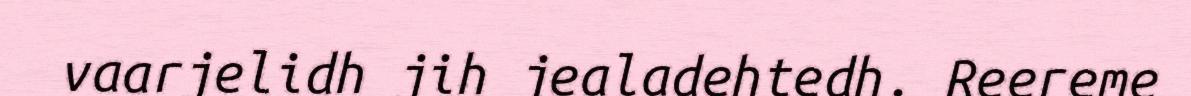
vaarjelidh jih jealadehtedh. Reereme